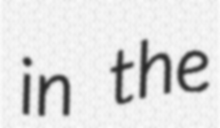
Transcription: in the